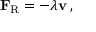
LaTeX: \mathbf { F } _ { \mathrm { { R } } } = - \lambda \mathbf { v } \, ,